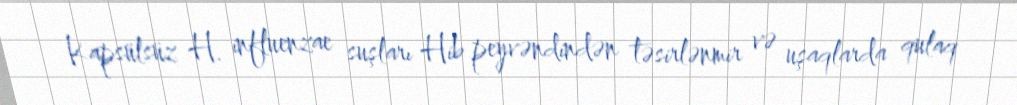
Kapsülsüz H. influenzae suşları Hib peyvəndindən təsirlənmir və uşaqlarda qulaq